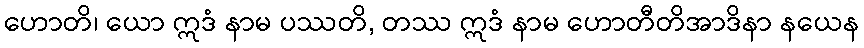
ဟောတိ၊ ယော ဣဒံ နာမ ပဿတိ, တဿ ဣဒံ နာမ ဟောတီတိအာဒိနာ နယေန